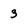
Character: 3